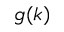
g ( k )